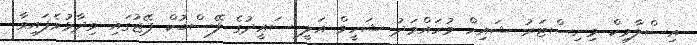
އިސްލާމިކް މިނިސްޓަރު ޝައިހް މުހައްމަދު ޝަހީމް އަލީ ސައީދުގެ ފޭސްބުކް ޕޭޖުގައި ވިދާޅުވެފައިވާ